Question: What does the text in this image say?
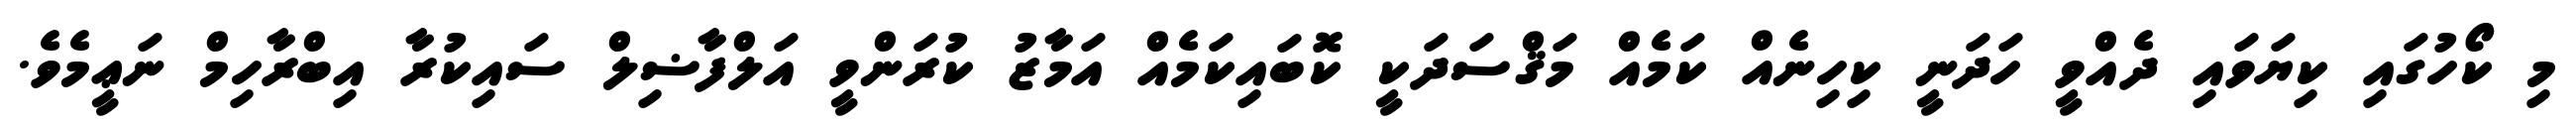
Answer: މި ކޯހުގައި ކިޔަވައި ދެއްވީ ހަދަނީ ކިހިނެއް ކަމެއް މަޤްސަދަކީ ކޮބައިކަމެއް އަމާޒު ކުރަންވީ އަލްފާޟިލް ސައިކުރާ އިބްރާހިމް ނަޢީމެވެ.